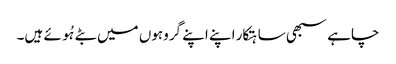
چاہے سبھی ساہتکار اپنے اپنے گروہوں میں بٹے ہُوئے ہیں۔